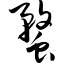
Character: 蝥